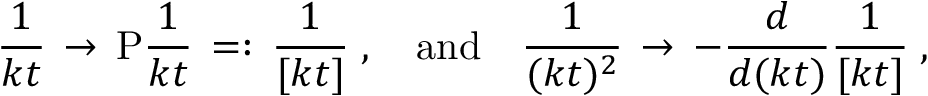
\frac { 1 } { k t } \, \to \, \mathrm { P } \frac { 1 } { k t } \, = : \, \frac { 1 } { [ k t ] } \; , \quad \mathrm { a n d } \quad \frac { 1 } { ( k t ) ^ { 2 } } \, \to \, - \frac { d } { d ( k t ) } \frac { 1 } { [ k t ] } \; ,